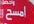
امسح